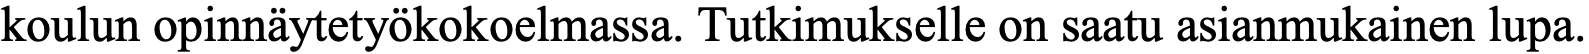
koulun opinnäytetyökokoelmassa. Tutkimukselle on saatu asianmukainen lupa.